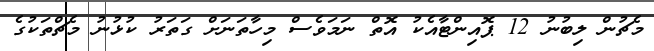
މެޗުން ލިބުނު 12 ޕޮއިންޓާއެކު އޮތް ނަމަވެސް މިހާތަނަށް ގަތަރު ކުޅުނު މެޗްތަކުގެ